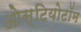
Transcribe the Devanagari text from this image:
ओस्टियोटॉम